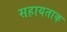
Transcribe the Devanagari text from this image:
सहायताक